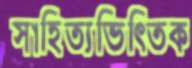
সাহিত্যভিত্তিক